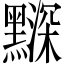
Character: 𪒗